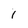
Character: 1